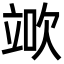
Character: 𥪅